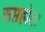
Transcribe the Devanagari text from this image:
सप्तहोता